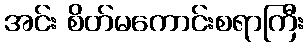
အင်း စိတ်မကောင်းစရာကြီး